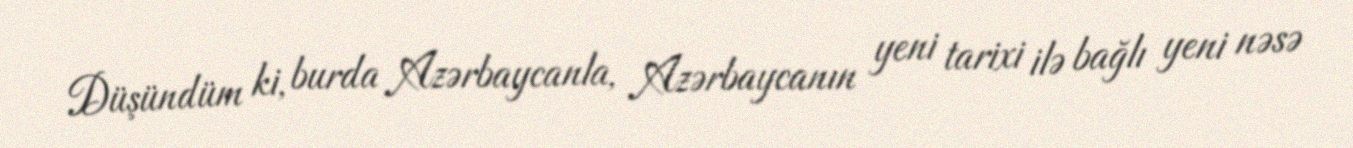
Düşündüm ki, burda Azərbaycanla, Azərbaycanın yeni tarixi ilə bağlı yeni nəsə